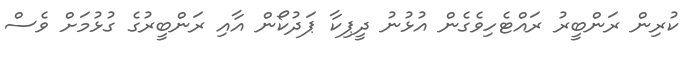
ކުރިން ރަންބީރު ރައްޓެހިވެގެން އުޅުނު ދީޕިކާ ޕަދުކޯން އާއި ރަންބީރުގެ ގުޅުމަށް ވެސް